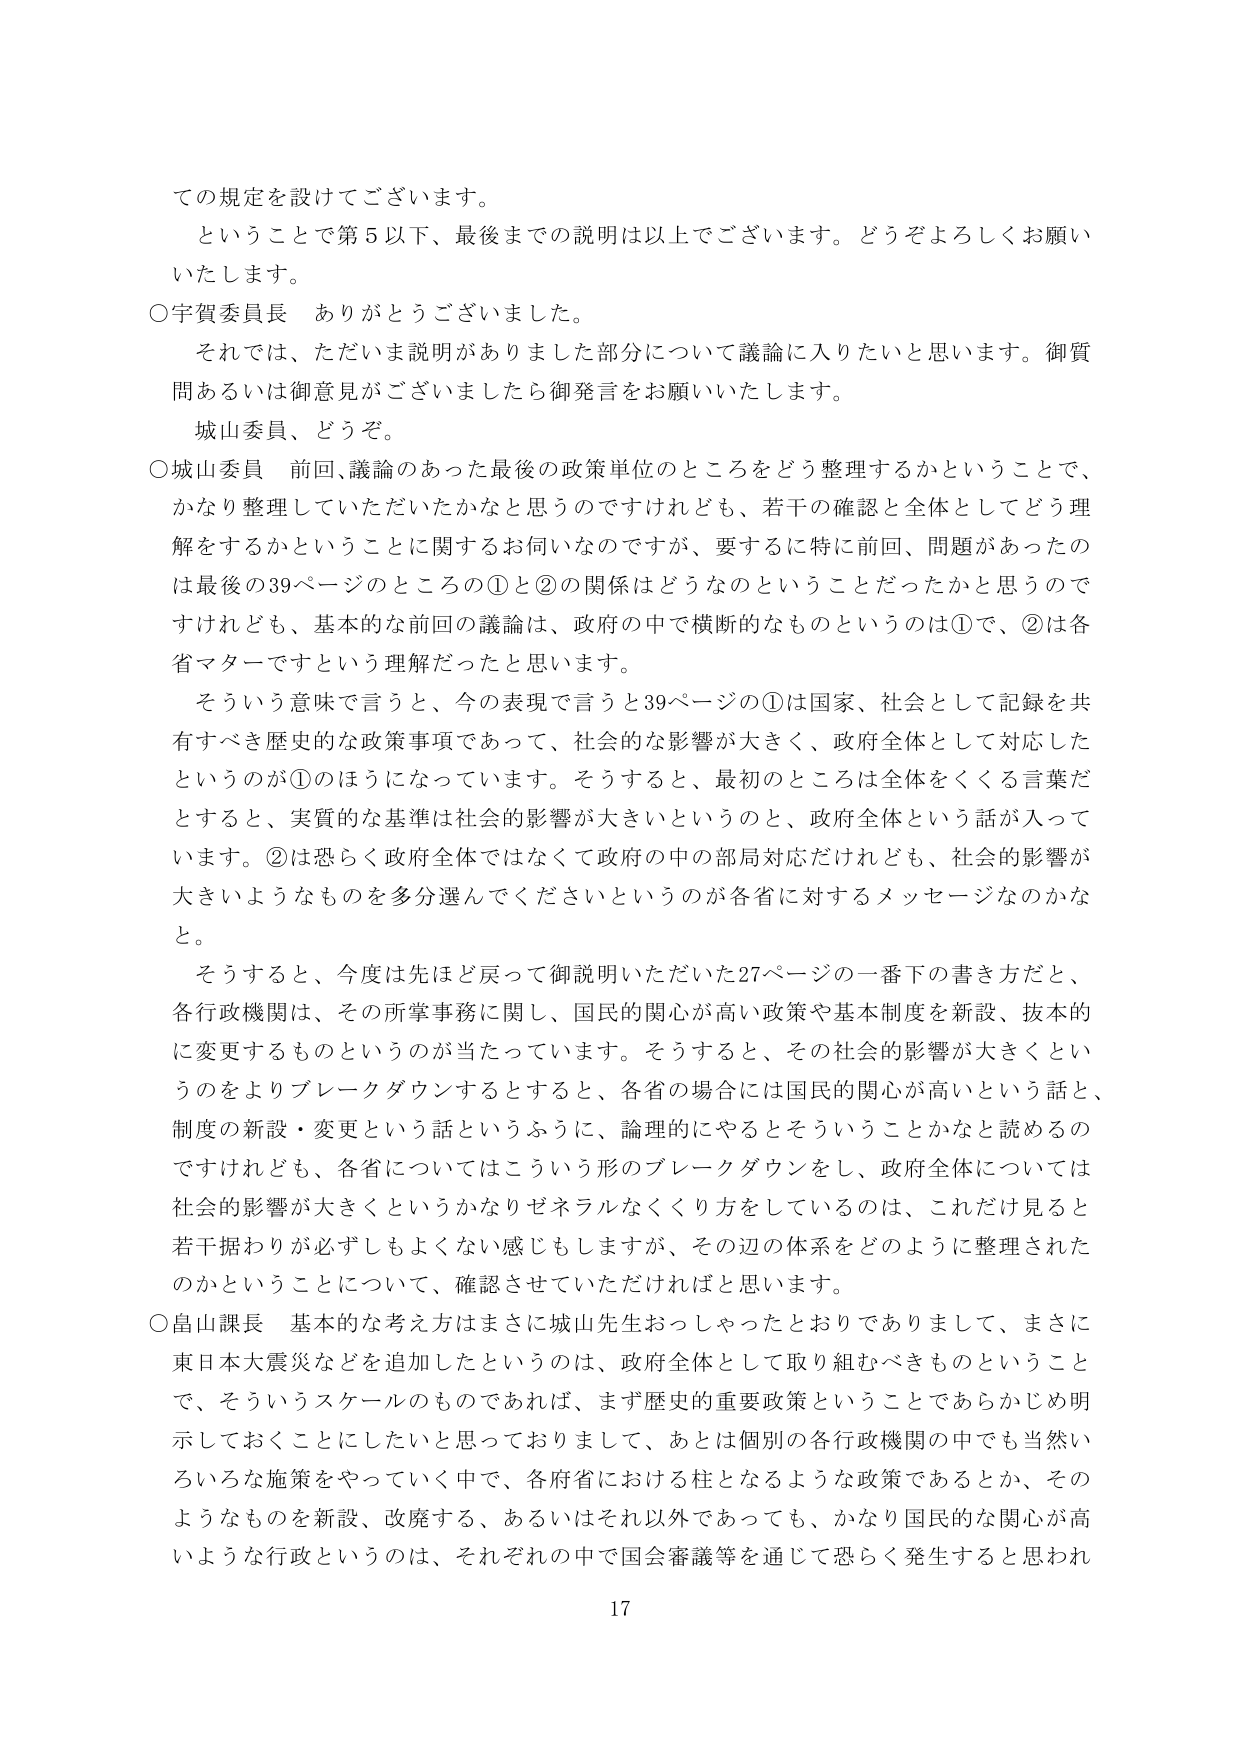
ての規定を設けてございます。
ということで第５以下、最後までの説明は以上でございます。どうぞよろしくお願いいたします。
○宇賀委員長　ありがとうございました。
それでは、ただいま説明がありました部分について議論に入りたいと思います。御質問あるいは御意見がございましたら御発言をお願いいたします。
城山委員、どうぞ。
○城山委員　前回、議論のあった最後の政策単位のところをどう整理するかということで、かなり整理していただいたかなと思うのですけれども、若干の確認と全体としてどう理解をするかということに関するお伺いなのですが、要するに特に前回、問題があったのは最後の39ページのところの①と②の関係はどうなのということだったかと思うのですけれども、基本的な前回の議論は、政府の中で横断的なものというのは①で、②は各省マターですという理解だったと思います。
そういう意味で言うと、今の表現で言うと39ページの①は国家、社会として記録を共有すべき歴史的な政策事項であって、社会的な影響が大きく、政府全体として対応したというのが①のほうになっています。そうすると、最初のところは全体をくくる言葉だとすると、実質的な基準は社会的影響が大きいというのと、政府全体という話が入っています。②は恐らく政府全体ではなくて政府の中の部局対応だけれども、社会的影響が大きいようなものを多分選んでくださいというのが各省に対するメッセージなのかなと。
そうすると、今度は先ほど戻って御説明いただいた27ページの一番下の書き方だと、各行政機関は、その所掌事務に関し、国民的関心が高い政策や基本制度を新設、抜本的に変更するものというのが当たっています。そうすると、その社会的影響が大きくというのをよりブレークダウンするとすると、各省の場合には国民的関心が高いという話と、制度の新設・変更という話というふうに、論理的にやるとそういうことかなと読めるのですけれども、各省についてはこういう形のブレークダウンをし、政府全体については社会的影響が大きくというかなりゼネラルなくくり方をしているのは、これだけ見ると若干掘りが必ずしもよくない感じもしますが、その辺の体系をどのように整理されたのかということについて、確認させていただければと思います。
○畠山課長　基本的な考え方はまさに城山先生おっしゃったとおりでありますして、まさに東日本大震災などを追加したというのは、政府全体として取り組むべきものということで、そういうスケールのものであれば、まず歴史的重要政策ということであらかじめ明示しておくことにしたいと思っておりまして、あとは個別の各行政機関の中でも当然いろいろな施策をやっていく中で、各府省における柱となるような政策であるとか、そのようなものを新設、改廃する、あるいはそれ以外であっても、かなり国民的な関心が高いような行政というのは、それぞれの中で国会審議等を通じて恐らく発生すると思われ
17